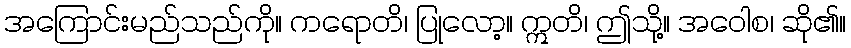
အကြောင်းမည်သည်ကို။ ကရောတိ၊ ပြုလော့။ ဣတိ၊ ဤသို့။ အဝေါစ၊ ဆို၏။